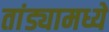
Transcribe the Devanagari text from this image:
तांड्यामध्ये